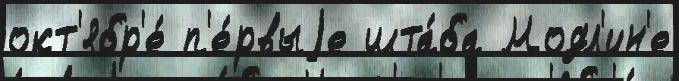
окт'ябр'е́ п'е́рвыjе шта́ба Модл'ин'е